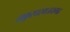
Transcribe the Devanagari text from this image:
ठाकुरधरमजयगढ